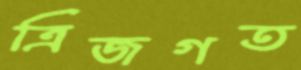
ত্রিজগত